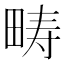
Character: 畴